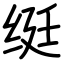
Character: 𬘩